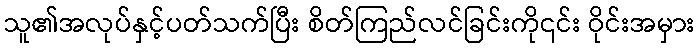
သူ၏အလုပ်နှင့်ပတ်သက်ပြီး စိတ်ကြည်လင်ခြင်းကို၎င်း ဝိုင်းအမှား